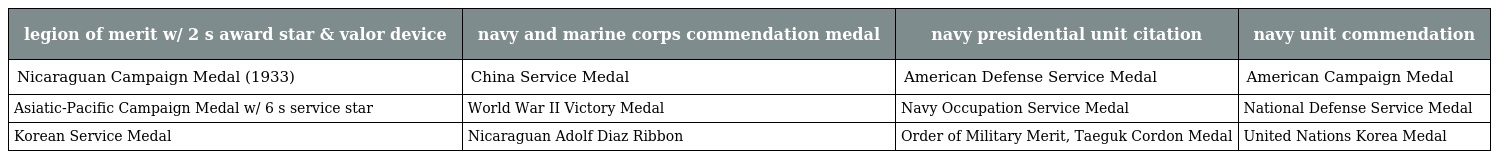
| legion of merit w/ 2 s award star & valor device | navy and marine corps commendation medal | navy presidential unit citation | navy unit commendation |
 | --- | --- | --- | --- |
 | Nicaraguan Campaign Medal (1933) | China Service Medal | American Defense Service Medal | American Campaign Medal |
 | Asiatic-Pacific Campaign Medal w/ 6 s service star | World War II Victory Medal | Navy Occupation Service Medal | National Defense Service Medal |
 | Korean Service Medal | Nicaraguan Adolf Diaz Ribbon | Order of Military Merit, Taeguk Cordon Medal | United Nations Korea Medal |